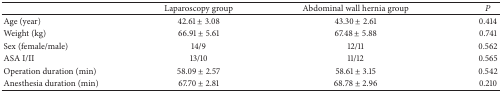
<table><thead><tr><td><b> </b></td><td><b> Laparoscopy group</b></td><td><b>Abdominal wall hernia group</b></td><td><b><i>P</i></b></td></tr></thead><tbody><tr><td>Age (year)</td><td>42.61 ± 3.08</td><td>43.30 ± 2.61</td><td>0.414</td></tr><tr><td>Weight (kg)</td><td>66.91 ± 5.61</td><td>67.48 ± 5.88</td><td>0.741</td></tr><tr><td>Sex (female/male)</td><td>14/9</td><td>12/11</td><td>0.562</td></tr><tr><td>ASA I/II</td><td>13/10</td><td>11/12</td><td>0.565</td></tr><tr><td>Operation duration (min)</td><td>58.09 ± 2.57</td><td>58.61 ± 3.15</td><td>0.542</td></tr><tr><td>Anesthesia duration (min)</td><td>67.70 ± 2.81</td><td>68.78 ± 2.96</td><td>0.210</td></tr></tbody></table>